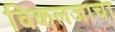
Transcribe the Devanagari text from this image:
विकलजाचा